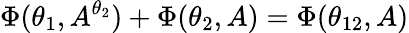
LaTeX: \Phi(\theta_{1},A^{\theta_{2}})+\Phi(\theta_{2},A)=\Phi(\theta_{12},A)